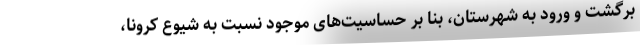
برگشت و ورود به شهرستان، بنا بر حساسیت‌های موجود نسبت به شیوع کرونا،